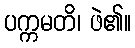
ပက္ကမတိ၊ ဖဲ၏။